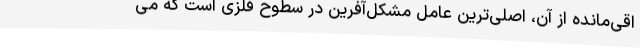
اقی‌مانده از آن، اصلی‌ترین عامل مشکل‌آفرین در سطوح فلزی است که می